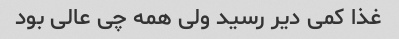
غذا کمی دیر رسید ولی همه چی عالی بود